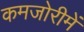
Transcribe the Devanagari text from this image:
कमजोरीमें